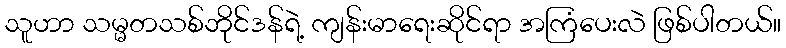
သူဟာ သမ္မတသစ်ဘိုင်ဒန်ရဲ့ ကျန်းမာရေးဆိုင်ရာ အကြံပေးလဲ ဖြစ်ပါတယ်။